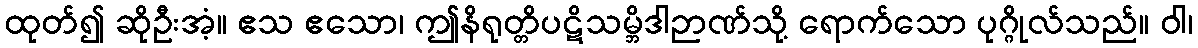
ထုတ်၍ ဆိုဦးအံ့။ ဧသ ဧသော၊ ဤနိရုတ္တိပဋိသမ္ဘိဒါဉာဏ်သို့ ရောက်သော ပုဂ္ဂိုလ်သည်။ ဝါ၊